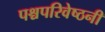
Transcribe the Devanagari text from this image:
पश्चपरिवेष्ठनी